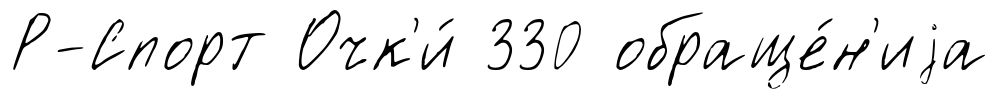
Р-Спорт Очк'и́ 330 обраще́н'иjа